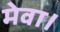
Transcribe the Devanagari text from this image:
मेवा।